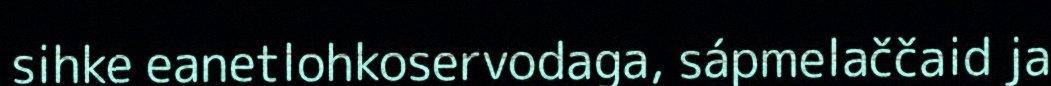
sihke eanetlohkoservodaga, sápmelaččaid ja